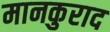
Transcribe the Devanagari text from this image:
मानकुराद